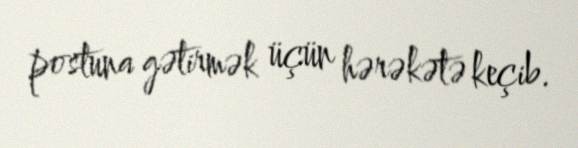
postuna gətirmək üçün hərəkətə keçib.